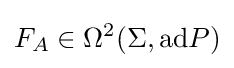
F_{A}\in \Omega ^{2}(\Sigma ,{\text{ad}}P)